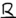
Text: R